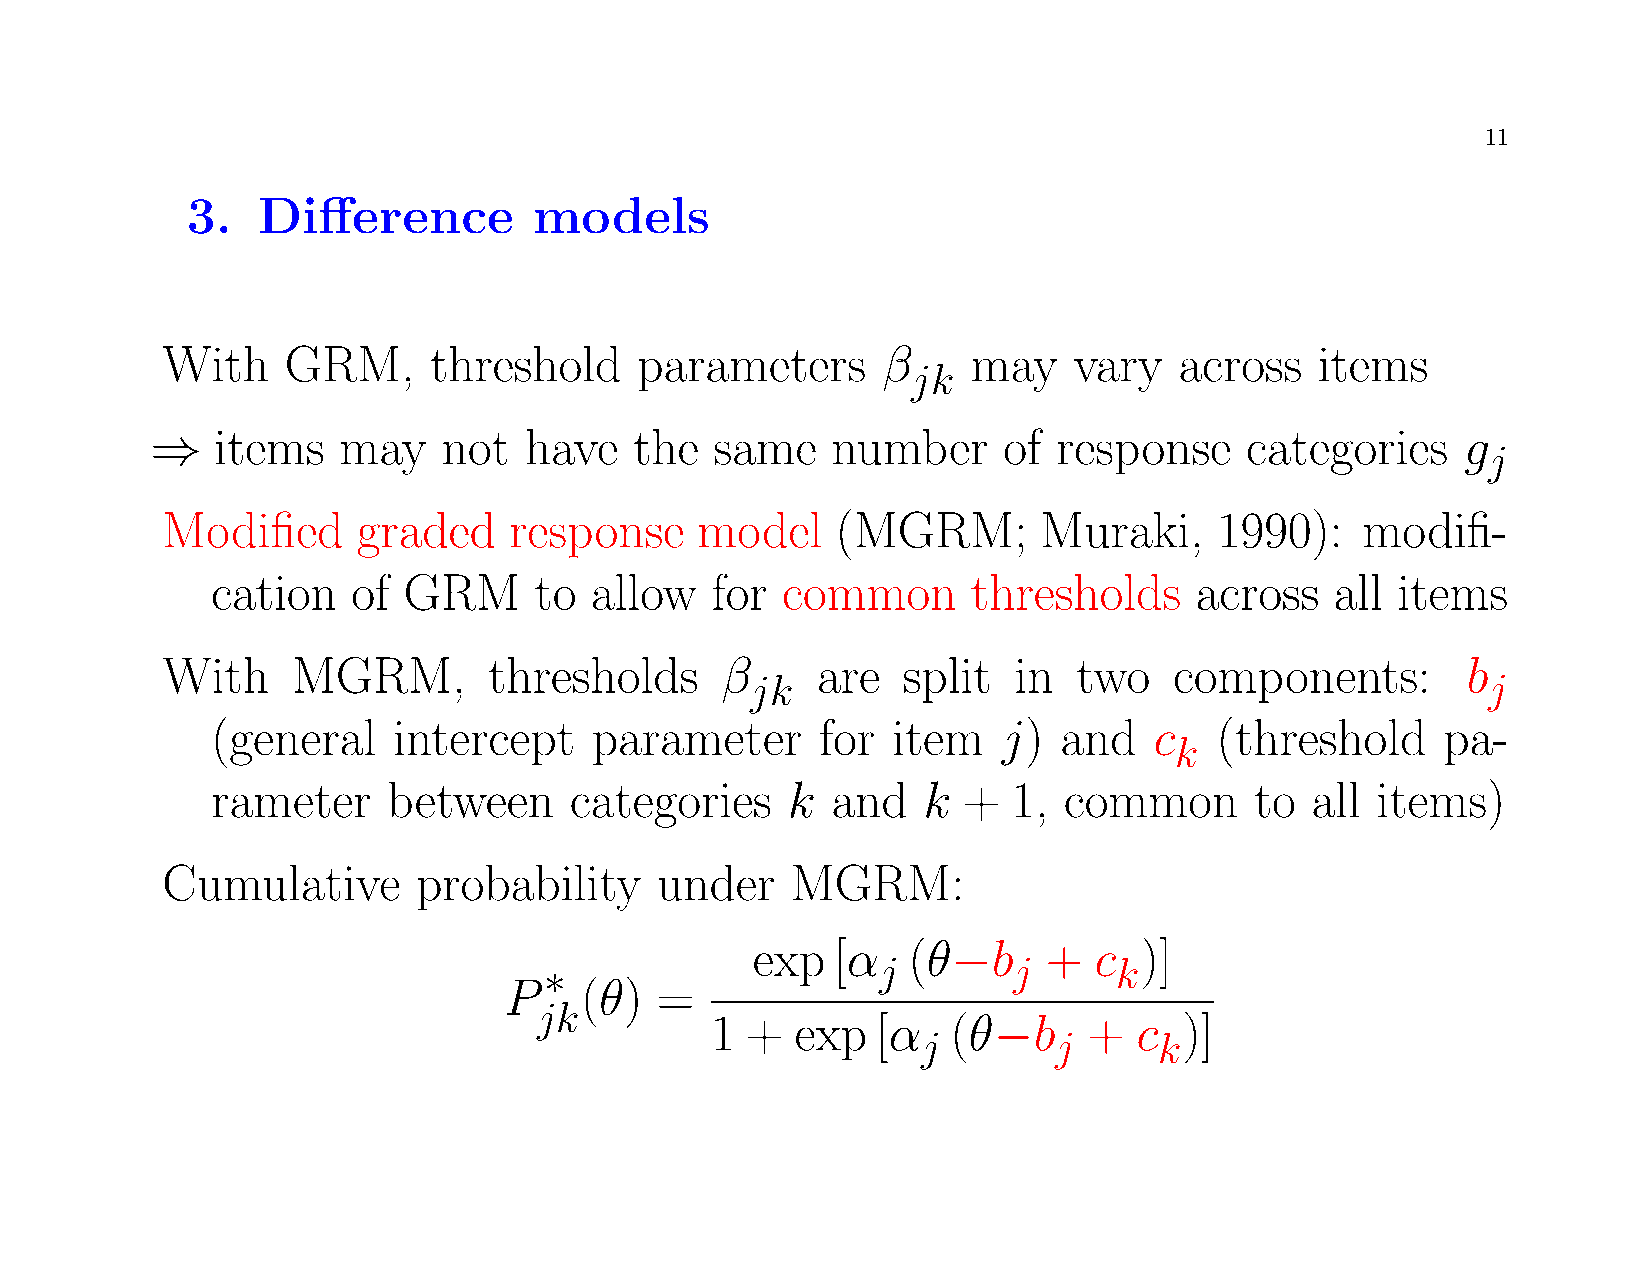
11
 3.   Difference        models
 With    GRM,     threshold     parameters      β     may    vary   across   items
 jk
 ⇒   items   may    not   have   the  same    number     of  response     categories    g
 j
 Modified     graded    response    model    (MGRM;        Muraki,     1990):   modifi-
 cation   of  GRM     to  allow   for  common      thresholds     across   all  items
 With    MGRM,        thresholds      β     are   split  in  two    components:        b
 jk                                              j
 (general    intercept    parameter      for  item   j)  and   c   (threshold      pa-
 k
 rameter     between     categories    k  and   k  +  1, common       to  all items)
 Cumulative       probability    under    MGRM:
 exp  [α   (θ−b     +  c  )]
 ∗                     j        j      k
 P    (θ)  =
 jk
 1 +   exp  [α   (θ−b     +  c  )]
 j        j      k